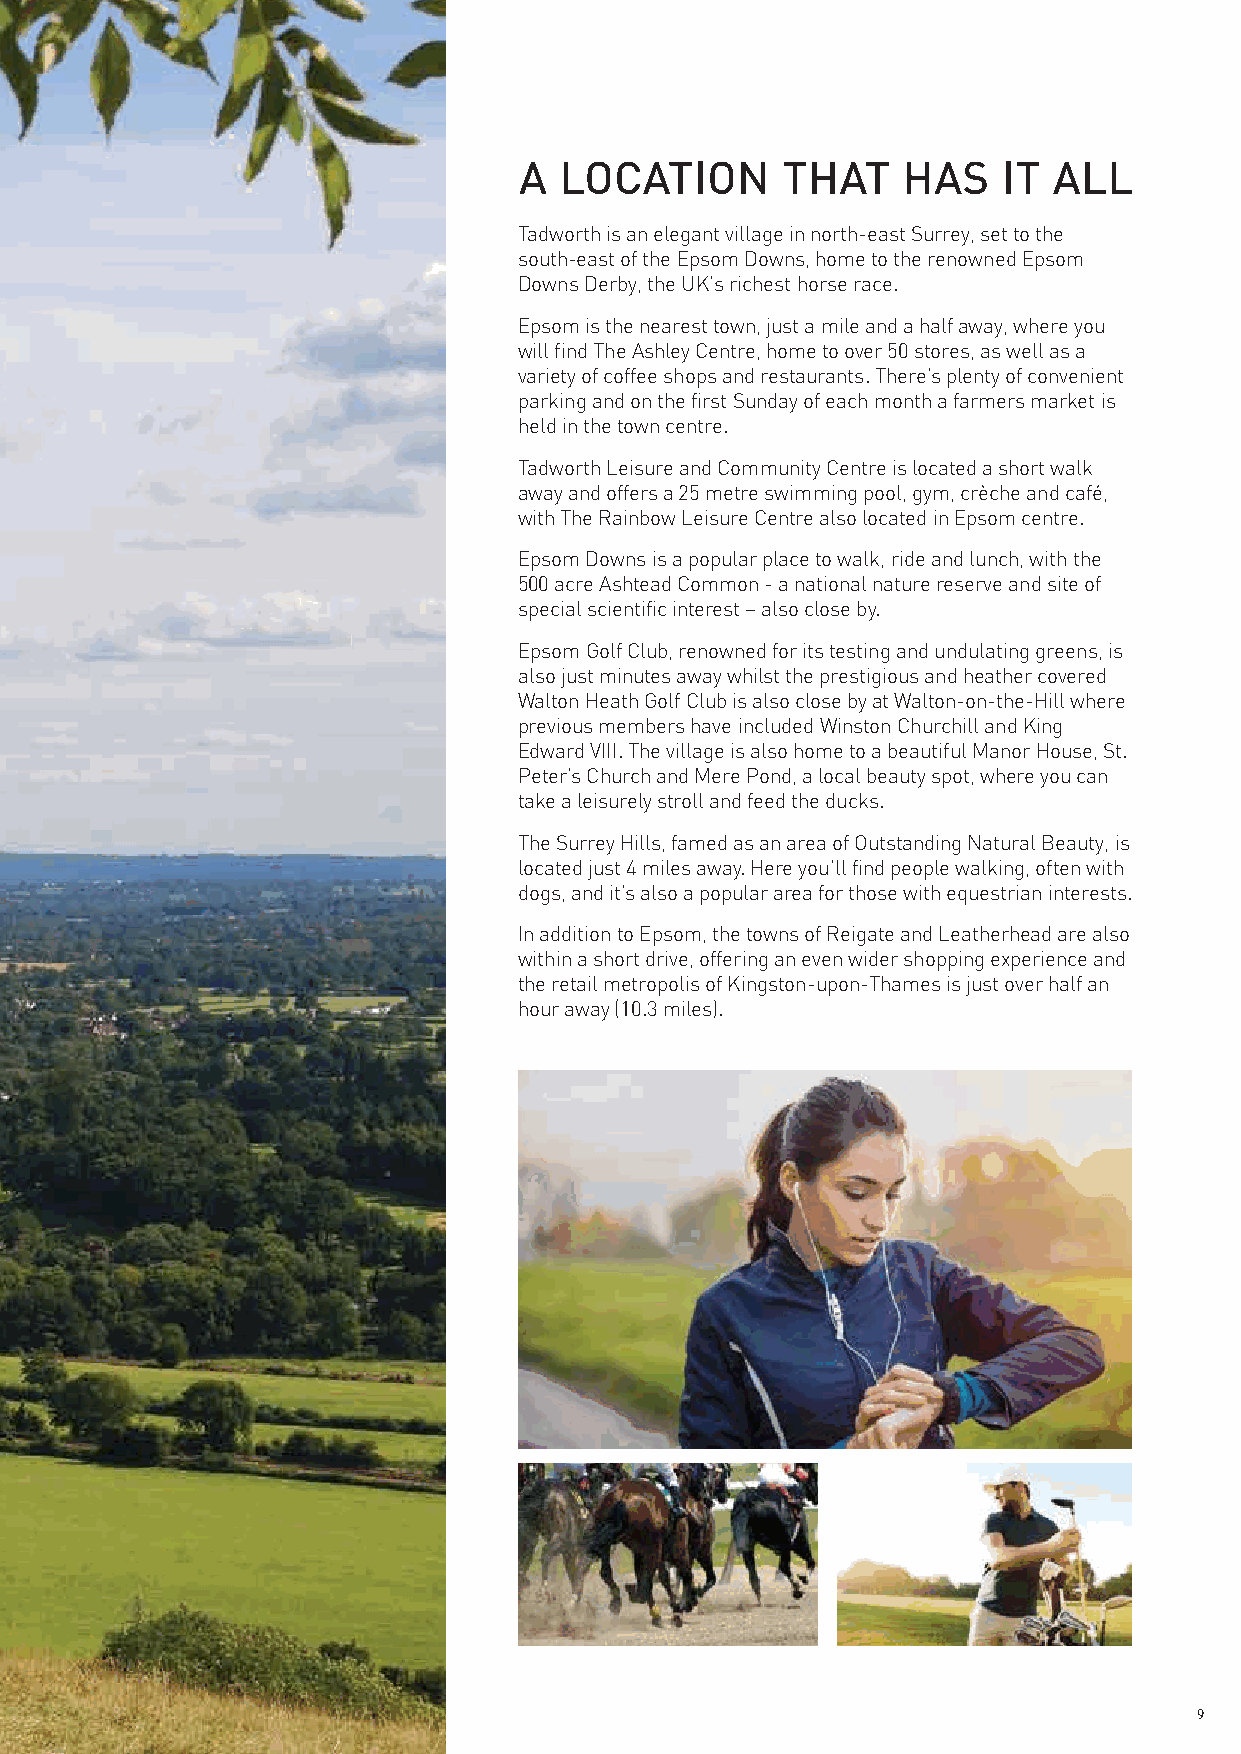
A  LOCATION       THAT    HAS   IT  ALL
 Tadworth is an elegant village in north-east Surrey, set to the
 south-east of the Epsom Downs, home to the renowned Epsom
 Downs Derby, the UK's richest horse race.
 Epsom is the nearest town, just a mile and a half away, where you
 will find The Ashley Centre, home to over 50 stores, as well as a
 variety of coffee shops and restaurants. There’s plenty of convenient
 parking and on the first Sunday of each month a farmers market is
 held in the town centre.
 Tadworth Leisure and Community Centre is located a short walk
 away and offers a 25 metre swimming pool, gym, crèche and café,
 with The Rainbow Leisure Centre also located in Epsom centre.
 Epsom Downs is a popular place to walk, ride and lunch, with the
 500 acre Ashtead Common - a national nature reserve and site of
 special scientific interest – also close by.
 Epsom Golf Club, renowned for its testing and undulating greens, is
 also just minutes away whilst the prestigious and heather covered
 Walton Heath Golf Club is also close by at Walton-on-the-Hill where
 previous members have included Winston Churchill and King
 Edward VIII. The village is also home to a beautiful Manor House, St.
 Peter’s Church and Mere Pond, a local beauty spot, where you can
 take a leisurely stroll and feed the ducks.
 The Surrey Hills, famed as an area of Outstanding Natural Beauty, is
 located just 4 miles away. Here you’ll find people walking, often with
 dogs, and it’s also a popular area for those with equestrian interests.
 In addition to Epsom, the towns of Reigate and Leatherhead are also
 within a short drive, offering an even wider shopping experience and
 the retail metropolis of Kingston-upon-Thames is just over half an
 hour away (10.3 miles).
 9